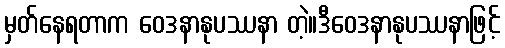
မှတ်နေရတာက ဝေဒနာနုပဿနာ တဲ့။ဒီဝေဒနာနုပဿနာဖြင့်